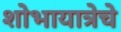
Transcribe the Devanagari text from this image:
शोभायात्रेचे